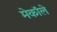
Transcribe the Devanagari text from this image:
मेकॉले